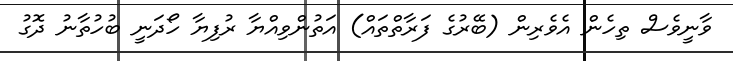
ވާނީވެސް ތިހެން އެވެރިން (ބޭރުގެ ފަރާތްތައް) އަތުންވިއްޔާ ރުފިޔާ ހޯދަނީ ބުހުތާނު ދޮގު